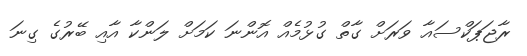
ރާޖަޕަކްސައާ ވަރަށް ގާތް ގުޅުމެއް އޮންނަ ކަމަށް ލަންކާ އާއި ބޭރުގެ ގިނަ